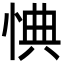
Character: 㥏